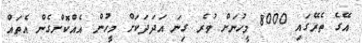
އޭގެ ތެރޭގައި 8000 މީހުނަށް ވުރެ ގިނަ އަދަދަކަށް މީހުން އެއްކޮށްގެން އެތައް